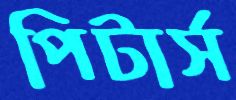
পিটার্স